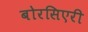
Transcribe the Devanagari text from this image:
बोरसिएरी